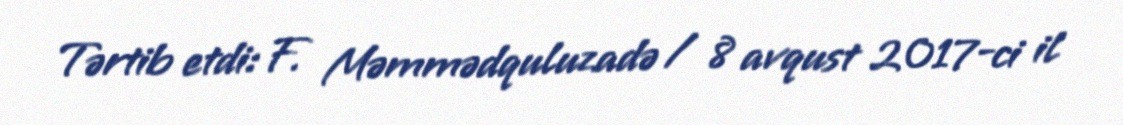
Tərtib etdi: F. Məmmədquluzadə / 8 avqust 2017-ci il